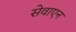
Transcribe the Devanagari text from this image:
सेवाएन